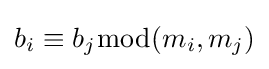
b_{i}\equiv b_{j}{\bmod {(}}m_{i},m_{j})